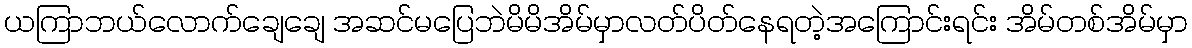
ယကြာဘယ်လောက်ချေချေ အဆင်မပြေဘဲမိမိအိမ်မှာလတ်ပိတ်နေရတဲ့အကြောင်းရင်း အိမ်တစ်အိမ်မှာ